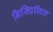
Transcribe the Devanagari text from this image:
निस्चिलित